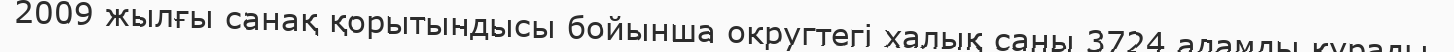
2009 жылғы санақ қорытындысы бойынша округтегі халық саны 3724 адамды құрады.